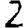
Digit: 2